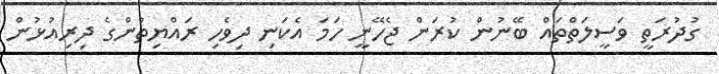
ގުދުރަތީ ވަސީލަތްތައް ބޭނުން ކުރަން ޖެހޭނީ ހަމަ އެކަނި ދިވެހި ރައްޔިތުންގެ ދިރިއުޅުން